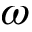
\omega